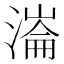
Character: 𣼍